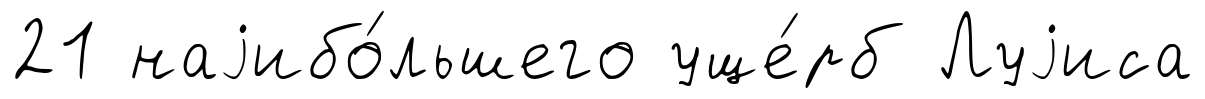
21 наjибо́льшего уще́рб Луjиса